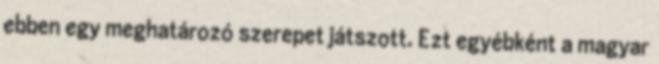
ebben egy meghatározó szerepet játszott. Ezt egyébként a magyar